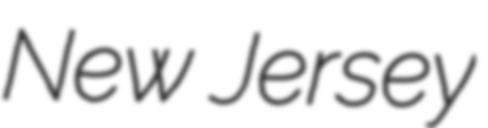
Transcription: New Jersey